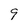
Character: 9